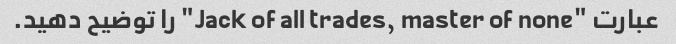
عبارت "Jack of all trades, master of none" را توضیح دهید.